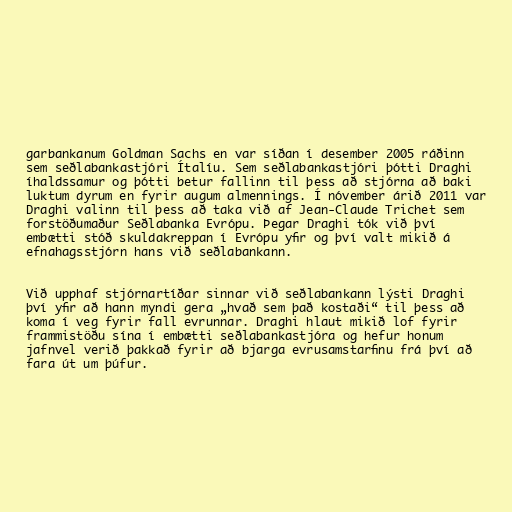
garbankanum Goldman Sachs en var síðan í desember 2005 ráðinn
sem seðlabankastjóri Ítalíu. Sem seðlabankastjóri þótti Draghi
íhaldssamur og þótti betur fallinn til þess að stjórna að baki
luktum dyrum en fyrir augum almennings. Í nóvember árið 2011 var
Draghi valinn til þess að taka við af Jean-Claude Trichet sem
forstöðumaður Seðlabanka Evrópu. Þegar Draghi tók við því
embætti stóð skuldakreppan í Evrópu yfir og því valt mikið á
efnahagsstjórn hans við seðlabankann.

Við upphaf stjórnartíðar sinnar við seðlabankann lýsti Draghi
því yfir að hann myndi gera „hvað sem það kostaði“ til þess að
koma í veg fyrir fall evrunnar. Draghi hlaut mikið lof fyrir
frammistöðu sína í embætti seðlabankastjóra og hefur honum
jafnvel verið þakkað fyrir að bjarga evrusamstarfinu frá því að
fara út um þúfur.